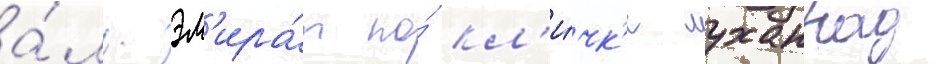
а́ль-эм'ира́т по́ кл'и́чк'е муханнад